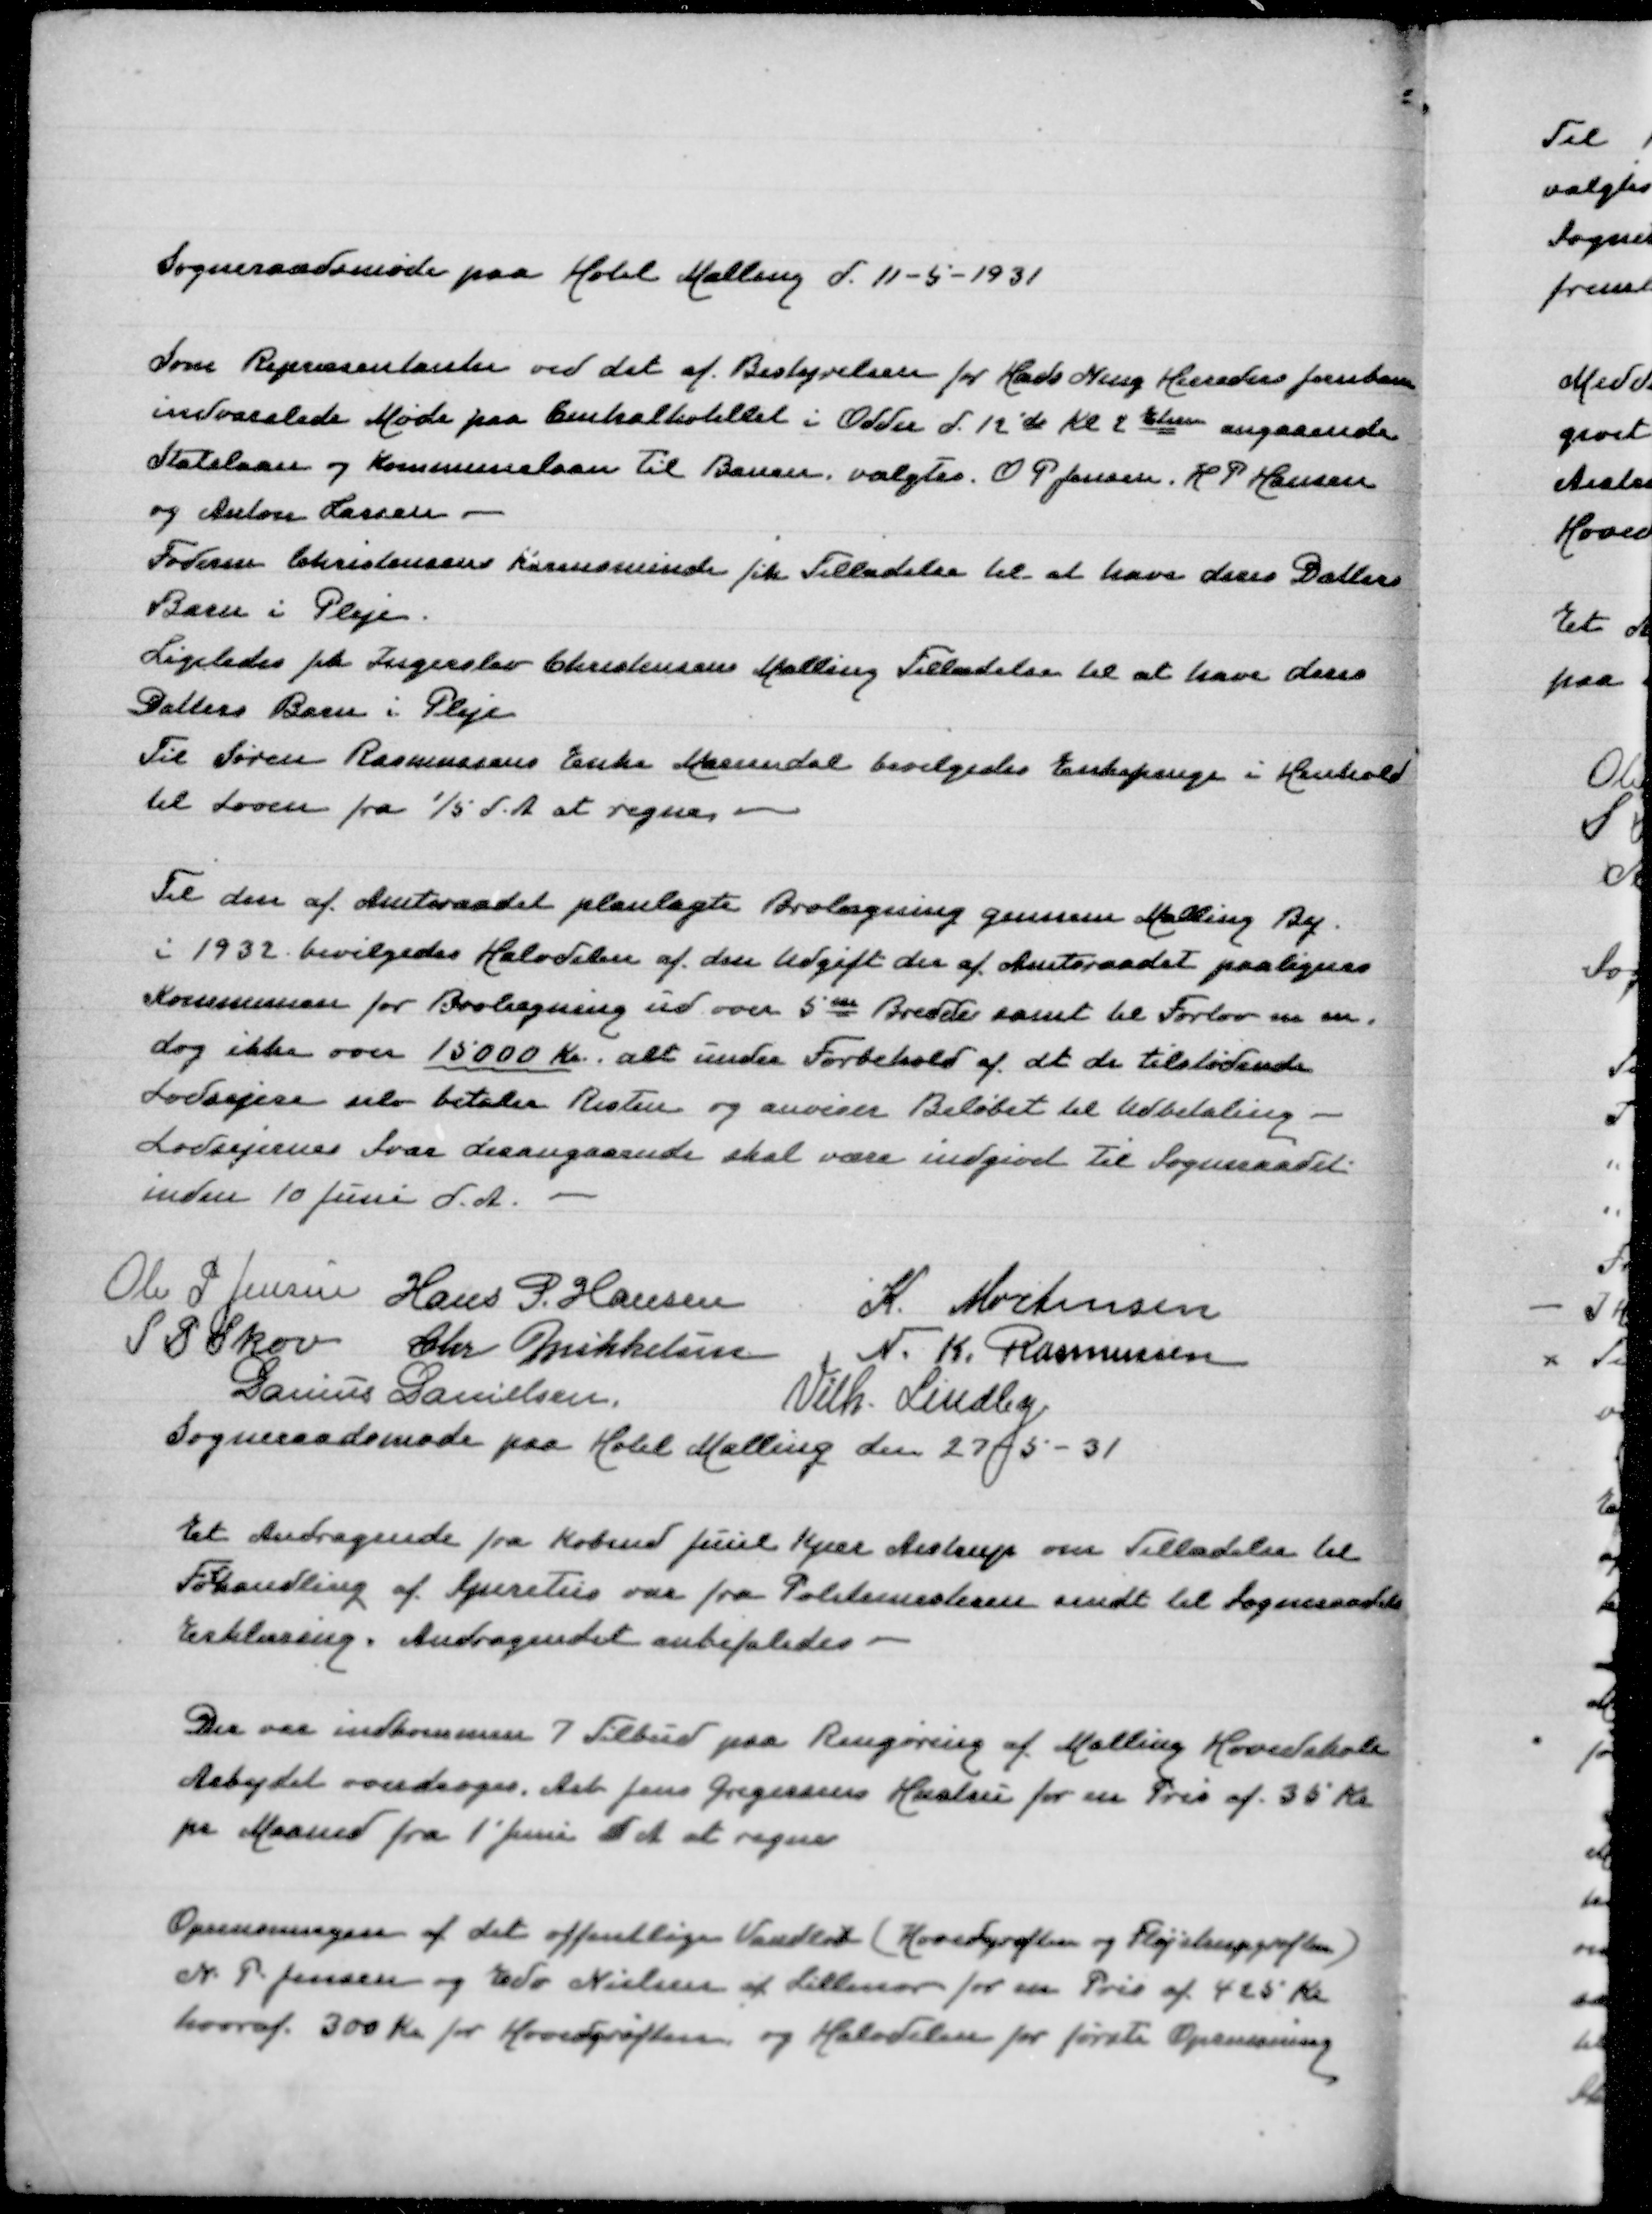
Transskription:
Sogneraadsmøde paa Hotel Malling d 11-5-1931
Som Repræsentanter ved det af Bestyrelsen for Hads Ning Herreders Jernbane
indvarslede Møde paa Centralhotellet i Odder d 12' ds Kl 2 Eftm angaaende
Statslaan og Kommunelaan til Banen valgtes O P Jensen, H P Hansen
og Anton Larsen
Foderm Christensen Knudsminde fik Tilladelse til at have deres Datters
Barn i Pleje
Ligeledes fik Ingerslev Christensen Malling Tilladelse at have deres
Datters Barn i Pleje
Til Søren Rasmussens Enke Mariendal bevilgedes Enkepenge i Henhold
til Loven fra 1/5 d A at regne
Til den af Amtsraadet planlagte Brolægning gennem Malling By
i 1932 bevilgedes Halvdelen af den Udgift der ef Amtsraadet paalignes
Kommunen for Brolægning ud over 5  Bredde samt til Fortov  m.m.
dog ikke over 15000 Kr alt under Forbehold af at de tilstødende
Lodsejere selv betaler Resten og anviser Beløbet til Udbetaling
Lodsejernes Svar desangaaende skal være indgivet til Sogneraadet
inden 10 Juni d A
Ole P Jensen
Hans P Hansen
K Mortensen
S P Skov
Chr Mikkelsen
N K Rasmussen
Danius Danielsen
Vilh Lindby
Sogneraadsmøde paa Hotel Malling den 27-5-31
Et Andragende fra Købmd Juul Kjær Aistrup om Tilladelse til
Forhandling af Spiritus var fra Politimesteren sendt til Sogneraadets
Erklæring. Andragendet anbefaledes
Der var indkommen 7 Tilbud paa Rengøring af Malling Hovedskole
Arbejdet overdrages Arb Jens Gregersens Hustru for en Pris af 35 Kr
pr Maaned fra 1' Juni d A at regne
Oprensningen af det offentlige Vandløb (Hovedgrøften og Fløjstrupgrøften)
N P Jensen og Edv Nielsen af Lillenor for en Pris af 425 Kr
hvoraf 300 Kr for Hovedgrøften og Halvdelen for første Oprensning